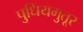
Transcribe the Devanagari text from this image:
पुधियमुतूर